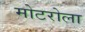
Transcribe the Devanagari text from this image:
मोटरोला